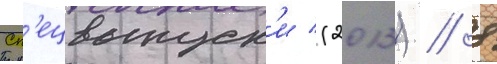
Сп'ецвыпуск'и (2013) // 8